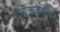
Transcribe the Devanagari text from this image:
श्रीजानकीजी